Triennial report on the lunatic asylums in the province of Eastern Bengal and Assam - 1903-1911
Year: 1903
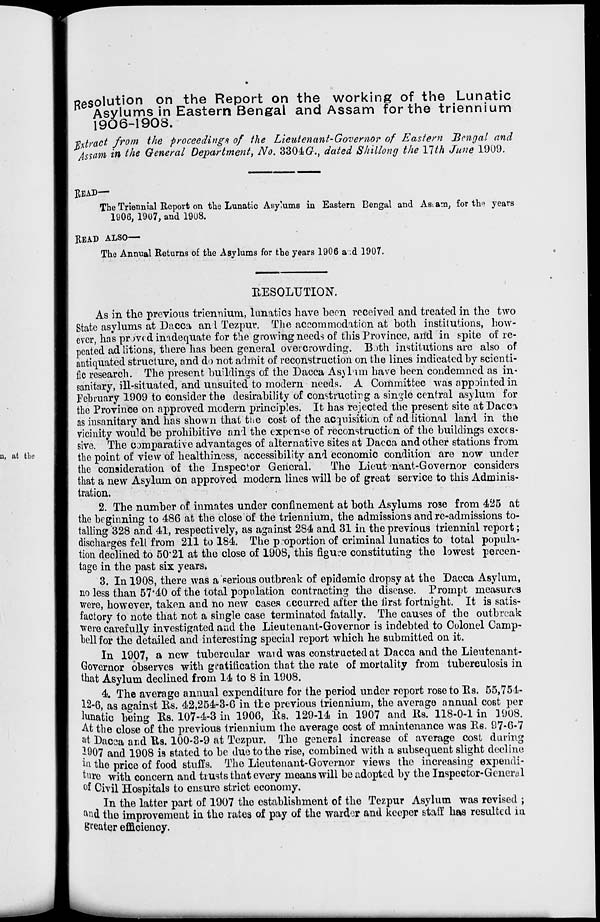
Resolution on the Report on the working of the Lunatic
Asylums in Eastern Bengal and Assam for the triennium
1906-1908.
Extract from the proceedings of the Lieutenant-Governor of Eastern Bengal and
Assam in the General Department, No. 3304G., dated Shillong the 17th June 1909.
READ—
The Triennial Report on the Lunatic Asylums in Eastern Bengal and Assam, for the years
1906, 1907, and 1908.
READ ALSO—
The Annual Returns of the Asylums for the years 1906 and 1907.
RESOLUTION.
As in the previous triennium, lunatics have been received and treated in the two
State asylums at Dacca and Tezpur. The accommodation at both institutions, how-
ever, has proved inadequate for the growing needs of this Province, and in spite of re-
peated additions, there has been general overcrowding. Both institutions are also of
antiquated structure, and do not admit of reconstruction on the lines indicated by scienti-
fic research. The present buildings of the Dacca Asylum have been condemned as in-
sanitary, ill-situated, and unsuited to modern needs. A Committee was appointed in
February 1909 to consider the desirability of constructing a single central asylum for
the Province on approved modern principles. It has rejected the present site at Dacca
as insanitary and has shown that the cost of the acquisition of additional land in the
vicinity would be prohibitive and the expense of reconstruction of the buildings exces-
sive. The comparative advantages of alternative sites at Dacca and other stations from
the point of view of healthiness, accessibility and economic condition are now under
the consideration of the Inspector General.
The Lieutenant-Governor considers
that a new Asylum on approved modern lines will be of great service to this Adminis-
tration.
2. The number of inmates under confinement at both Asylums rose from 425 at
the beginning to 486 at the close of the triennium, the admissions and re-admissions to-
talling 328 and 41, respectively, as against 284 and 31 in the previous triennial report;
discharges fell from 211 to 184. The proportion of criminal lunatics to total popula-
tion declined to 50.21 at the close of 1908, this figure constituting the lowest percen-
tage in the past six years.
3. In 1908, there was a serious outbreak of epidemic dropsy at the Dacca Asylum,
no less than 57.40 of the total population contracting the disease. Prompt measures
were, however, taken and no new cases occurred after the first fortnight. It is satis-
factory to note that not a single case terminated fatally. The causes of the outbreak
were carefully investigated and the Lieutenant-Governor is indebted to Colonel Camp-
bell for the detailed and interesting special report which he submitted on it.
In 1907, a new tubercular ward was constructed at Dacca and the Lieutenant-
Governor observes with gratification that the rate of mortality from tuberculosis in
that Asylum declined from 14 to 8 in 1908.
4. The average annual expenditure for the period under report rose to Rs. 55,754-
12-6, as against Rs. 42,254-3-6 in the previous triennium, the average annual cost per
lunatic being Rs. 107-4-3 in 1906, Rs. 129-14 in 1907 and Rs. 118-0-1 in 1908.
At the close of the previous triennium the average cost of maintenance was Rs. 97-6-7
at Dacca and Rs. 100-3-9 at Tezpur. The general increase of average cost during
1907 and 1908 is stated to be due to the rise, combined with a subsequent slight decline
in the price of food stuffs. The Lieutenant-Governor views the increasing expendi-
ture with concern and trusts that every means will be adopted by the Inspector-General
of Civil Hospitals to ensure strict economy.
In the latter part of 1907 the establishment of the Tezpur Asylum was revised ;
and the improvement in the rates of pay of the warder and keeper staff has resulted in
greater efficiency.